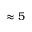
\approx 5